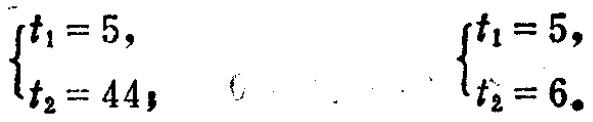
\(\begin{cases}t_1 = 5,\\t_2 = 44,\end{cases}\quad\quad\begin{cases}t_1 = 5,\\t_2 = 6.\end{cases}\)